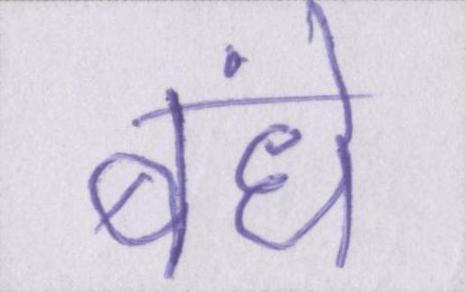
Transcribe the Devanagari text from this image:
बंधे